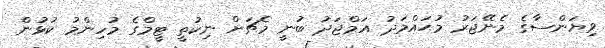
ވިޔަންސާގެ މެނޭޖަރު މުޙައްމަދު އަމްޖަދު ބުނީ މެޗަށް ނިކުތީ ޓީމްގެ މުހިންމު ކުޅުން